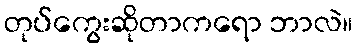
တုပ်ကွေးဆိုတာကရော ဘာလဲ။